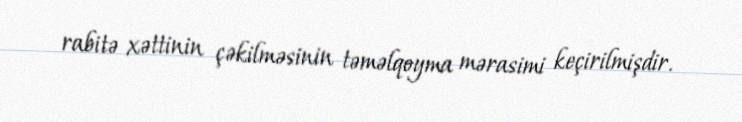
rabitə xəttinin çəkilməsinin təməlqoyma mərasimi keçirilmişdir.